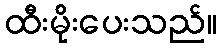
ထီးမိုးပေးသည်။